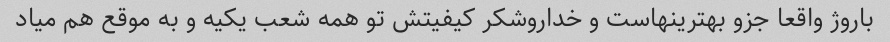
باروژ واقعا جزو بهترینهاست و خداروشکر کیفیتش تو همه شعب یکیه و به موقع هم میاد